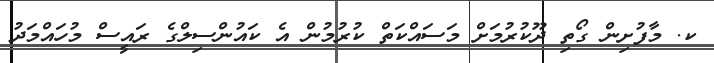
ކ. މާފުށިން ގޯތި ދޫކުރުމަށް މަސައްކަތް ކުރުމުން އެ ކައުންސިލްގެ ރައީސް މުހައްމަދު